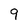
Character: 9